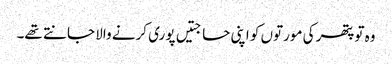
وہ تو پتھر کی مورتوں کو اپنی حاجتیں پوری کرنے والا جانتے تھے۔